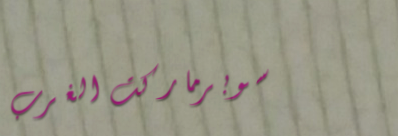
سوبرماركت الغرب